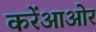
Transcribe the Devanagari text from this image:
करेंआओर